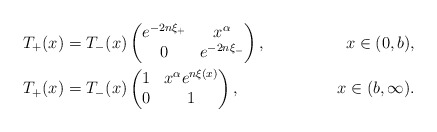
\begin{align*}&T_+(x) = T_-(x)\begin{pmatrix}e^{-2n\xi_+}&x^\alpha\\0&e^{-2n\xi_-}\end{pmatrix} , &x\in (0,b),\\&T_+(x) = T_-(x)\begin{pmatrix}1&x^\alpha e^{n \xi(x)}\\0&1\end{pmatrix} , &x\in (b,\infty).\end{align*}